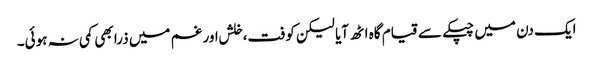
ایک دن میں چپکے سے قیام گاہ اٹھ آیا لیکن کوفت،خلش اور غم میں ذرا بھی کمی نہ ہوئی۔